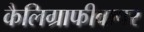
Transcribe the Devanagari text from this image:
कैलिग्राफीवापर